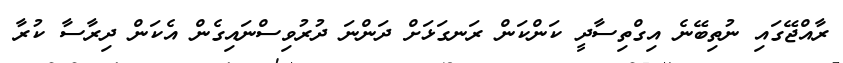
ރާއްޖޭގައި ނުތިބޭނެ އިގްތިސާދީ ކަންކަން ރަނގަޅަށް ދަންނަ ދުރުވިސްނައިގެން އެކަން ދިރާސާ ކުރާ